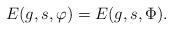
LaTeX: \begin{align*}E(g,s,\varphi) =E(g,s, \Phi ) .\end{align*}